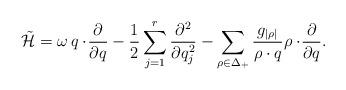
LaTeX: \begin{align*}\tilde{\cal H}=\omega\, q\cdot\!{\partial\over{\partial q}} -{1\over2}\sum_{j=1}^r{\partial^2\over{\partial q_j^2}} -\sum_{\rho\in\Delta_+}{g_{|\rho|}\over{\rho\cdot q}} \rho\cdot\!{\partial\over{\partial q}}. \end{align*}